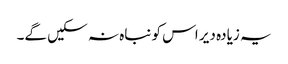
یہ زیادہ دیر اس کو نباہ نہ سکیں گے۔